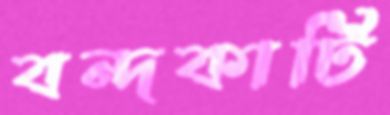
বন্দকাটি